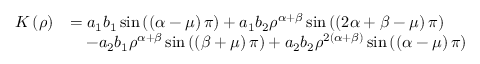
\begin{array} { r l } { K \left( \rho \right) } & { = a _ { 1 } b _ { 1 } \sin \left( \left( \alpha - \mu \right) \pi \right) + a _ { 1 } b _ { 2 } \rho ^ { \alpha + \beta } \sin \left( \left( 2 \alpha + \beta - \mu \right) \pi \right) } \\ & { \quad - a _ { 2 } b _ { 1 } \rho ^ { \alpha + \beta } \sin \left( \left( \beta + \mu \right) \pi \right) + a _ { 2 } b _ { 2 } \rho ^ { 2 \left( \alpha + \beta \right) } \sin \left( \left( \alpha - \mu \right) \pi \right) } \end{array}